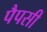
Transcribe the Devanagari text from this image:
पैपसी